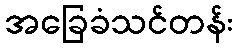
အခြေခံသင်တန်း